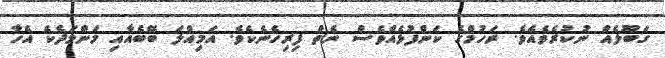
ގަބޫލެއް ނުކުރެވެއެވެ. ރަހުމްގެ ކަންފުޅެއްވެސް ނެތް ފިރިހެނެކެވެ. އަމިއްލަ ބޭބެއާއި މަންމަދެކެ އެހާ